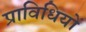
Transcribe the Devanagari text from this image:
प्राविधियों